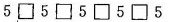
5\Box5\Box5\Box5\Box5